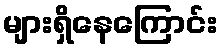
များရှိနေကြောင်း